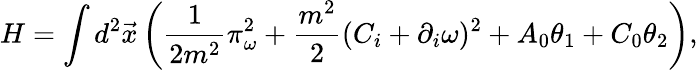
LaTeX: H=\int d^{2}\vec{x}\left(\frac 1{2m^{2}}\pi_{\omega}^{2}+\frac{m^{2}}{2}(C_{i}+\partial_{i}\omega)^{2}+A_{0}\theta_{1}+C_{0}\theta_{2}\right),